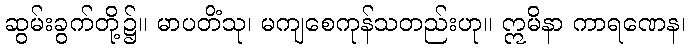
ဆွမ်းခွက်တို့၌။ မာပတိံသု၊ မကျစေကုန်သတည်းဟု။ ဣမိနာ ကာရဏေန၊